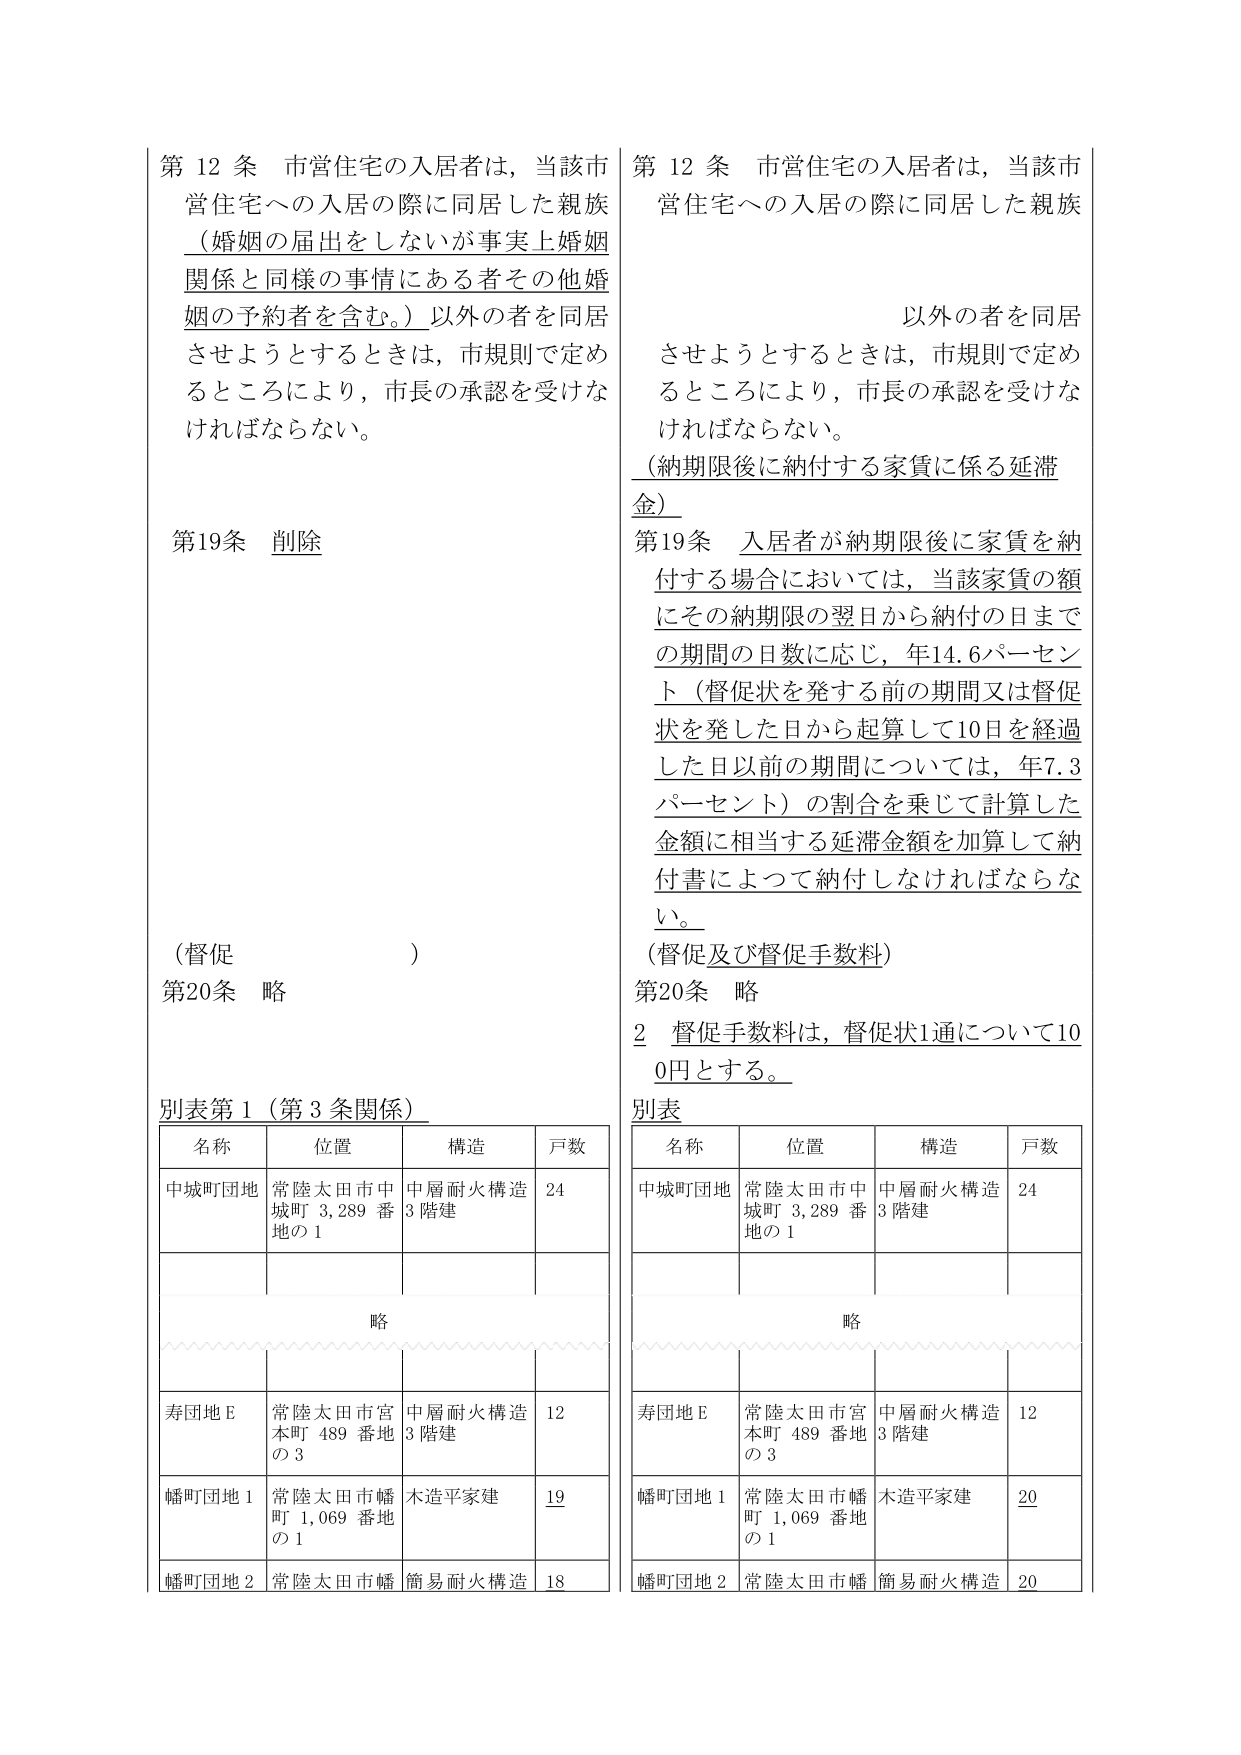
第12条 市営住宅の入居者は，当該市営住宅への入居の際に同居した親族（婚姻の届出をしないが事実上婚姻関係と同様の事情にある者その他婚姻の予約者を含む。）以外の者を同居させようとするときは，市規則で定めるところにより，市長の承認を受けなければならない。

第19条 削除

（督促）

第20条 略

別表第1（第3条関係）

名称 位置 構造 戸数
中城町団地 常陸太田市中城町3,289番地の1 中層耐火構造3階建 24
略
寿団地E 常陸太田市宮本町489番地の3 中層耐火構造3階建 12
幡町団地1 常陸太田市幡町1,069番地の1 木造平家建 19
幡町団地2 常陸太田市幡 簡易耐火構造 18

第12条 市営住宅の入居者は，当該市営住宅への入居の際に同居した親族以外の者を同居させようとするときは，市規則で定めるところにより，市長の承認を受けなければならない。

（納期限後に納付する家賃に係る延滞金）

第19条 入居者が納期限後に家賃を納付する場合においては，当該家賃の額にその納期限の翌日から納付の日までの期間の日数に応じ，年14.6パーセント（督促状を発する前の期間又は督促状を発した日から起算して10日を経過した日以前の期間については，年7.3パーセント）の割合を乗じて計算した金額に相当する延滞金額を加算して納付書によって納付しなければならない。

（督促及び督促手数料）

第20条 略

2 督促手数料は，督促状1通について100円とする。

別表

名称 位置 構造 戸数
中城町団地 常陸太田市中城町3,289番地の1 中層耐火構造3階建 24
略
寿団地E 常陸太田市宮本町489番地の3 中層耐火構造3階建 12
幡町団地1 常陸太田市幡町1,069番地の1 木造平家建 20
幡町団地2 常陸太田市幡 簡易耐火構造 20